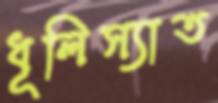
ধূলিস্যাত